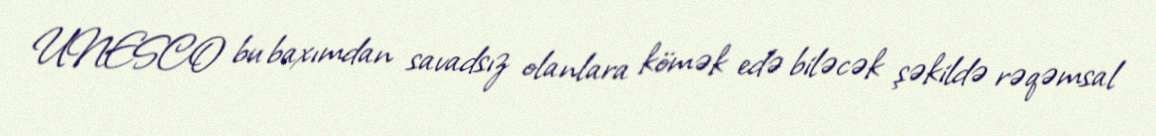
UNESCO bu baxımdan savadsız olanlara kömək edə biləcək şəkildə rəqəmsal